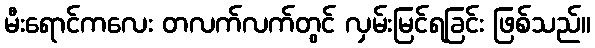
မီးရောင်ကလေး တလက်လက်တွင် လှမ်းမြင်ရခြင်း ဖြစ်သည်။